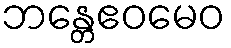
ဘန္တေဧဝမေဝ